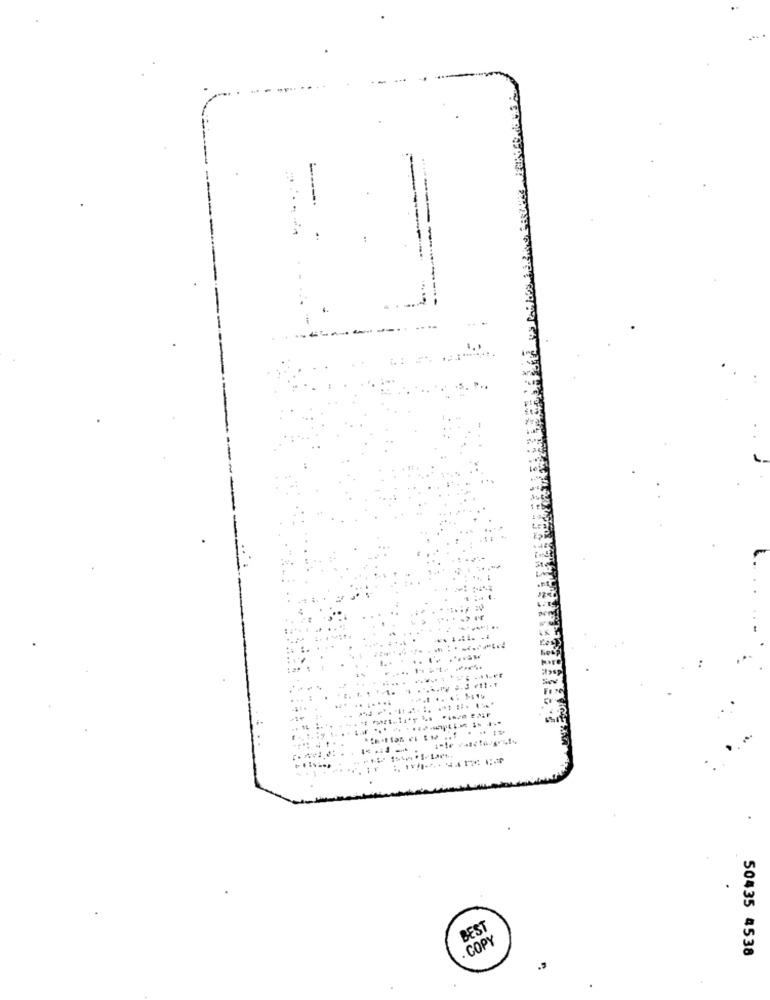
... .... .
14
-++
BEST
. COPY
50435 4538